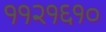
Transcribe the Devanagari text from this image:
११२१६१०